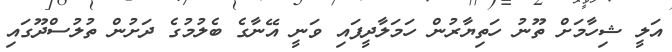
އަލީ ޝިހާމަށް ތޫނު ހަތިޔާރުން ހަމަލާދީފައި ވަނީ އޭނާގެ ބެލުމުގެ ދަށުން ތުލުސްދޫގައި